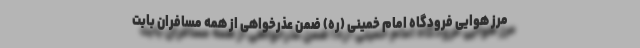
مرز هوایی فرودگاه امام خمینی (ره) ضمن عذرخواهی از همه مسافران بابت